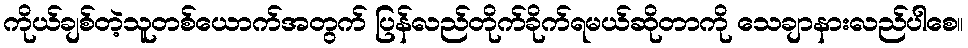
ကိုယ်ချစ်တဲ့သူတစ်ယောက်အတွက် ပြန်လည်တိုက်ခိုက်ရမယ်ဆိုတာကို သေချာနားလည်ပါစေ။